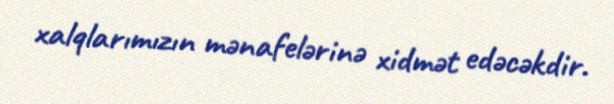
xalqlarımızın mənafelərinə xidmət edəcəkdir.